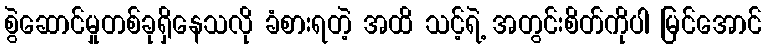
စွဲဆောင်မှုတစ်ခုရှိနေသလို ခံစားရတဲ့ အထိ သင့်ရဲ့ အတွင်းစိတ်ကိုပါ မြင်အောင်